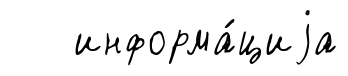
информа́циjа